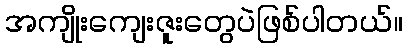
အကျိုးကျေးဇူးတွေပဲဖြစ်ပါတယ်။